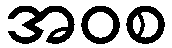
အဝစ